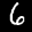
Label: 6